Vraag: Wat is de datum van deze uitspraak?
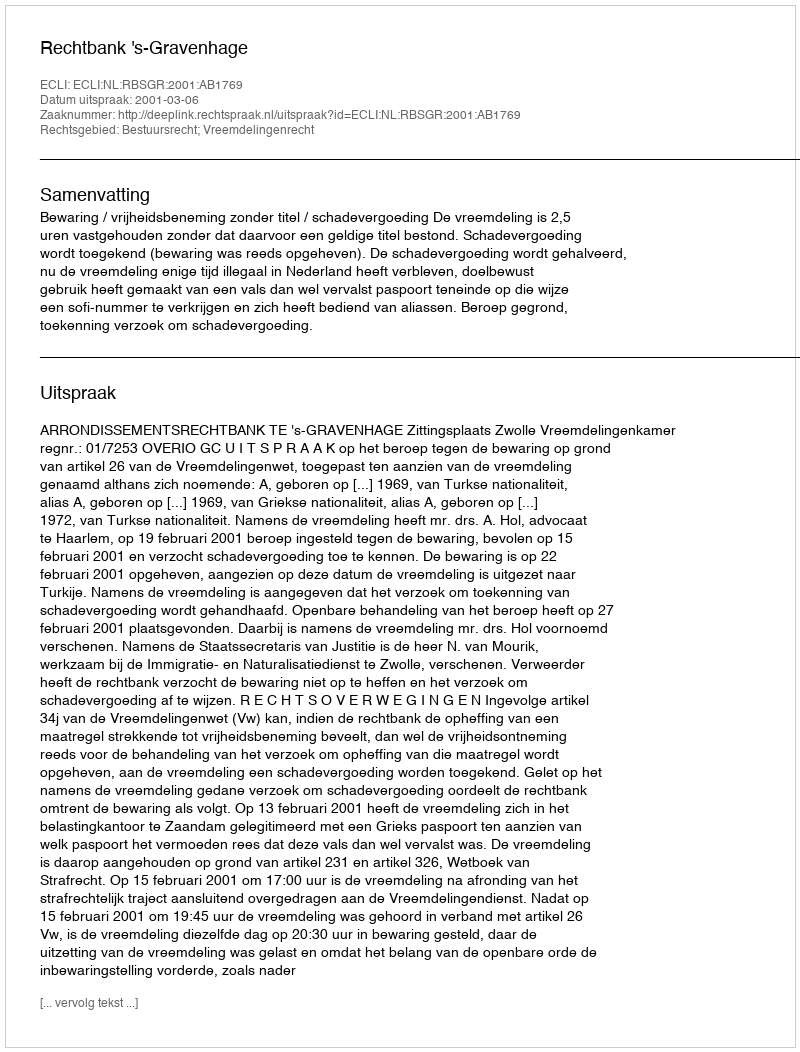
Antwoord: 2001-03-06